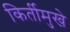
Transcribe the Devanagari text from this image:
किर्तीमुखे